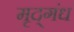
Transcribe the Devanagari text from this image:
मृद्‌गंध